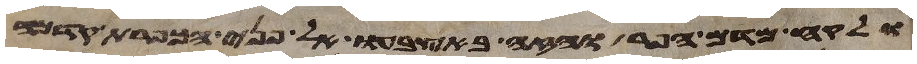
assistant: ולקח מדם הפר והזה באצבעו אל פני הכפרת